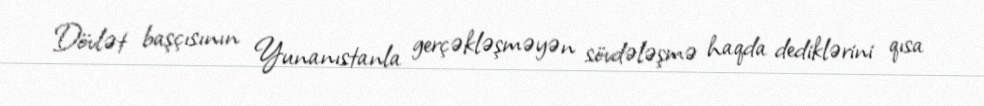
Dövlət başçısının Yunanıstanla gerçəkləşməyən sövdələşmə haqda dediklərini qısa